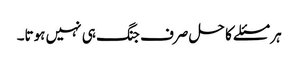
ہر مسئلے کا حل صرف جنگ ہی نہیں ہوتا۔